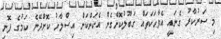
މި ސަރުކާރު ގެނައީ އެވާހަކަތައް ގަބޫލުކޮށްގެން އެކަންކަން އިސްލާހު ކޮށްދޭނެ ކަމުގެ ފޮނި